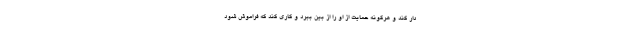
دار کند و هرگونه حمایت از او را از بین ببرد و کاری کند که فراموش شود